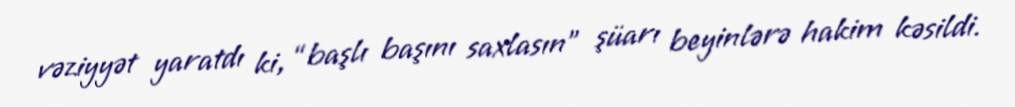
vəziyyət yaratdı ki, “başlı başını saxlasın” şüarı beyinlərə hakim kəsildi.